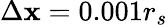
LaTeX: \Delta\mathbf{x}=0.001r_{s}